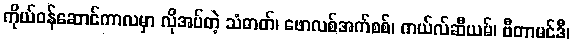
ကိုယ်ဝန်ဆောင်ကာလမှာ လိုအပ်တဲ့ သံဓာတ်၊ ဖောလစ်အက်စစ်၊ ကယ်လ်ဆီယမ်၊ ဗီတာမင်ဒီ၊